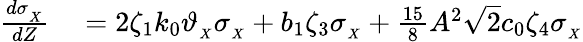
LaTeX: \begin{array}{rl}{\frac{d\sigma_{_X}}{dZ}}&{{}=2\zeta_{1}k_{0}\vartheta_{_{X}}\sigma_{_X}+b_{1}\zeta_{3}\sigma_{_X}+\frac{15}{8}A^{2}\sqrt{2}c_{0}\zeta_{4}\sigma_{_X}}\end{array}